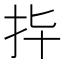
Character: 𢪟